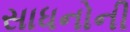
સાધનોની